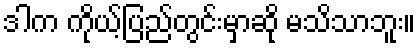
ဒါက ကိုယ့်ပြည်တွင်းမှာဆို မသိသာဘူး။